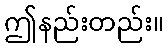
ဤနည်းတည်း။